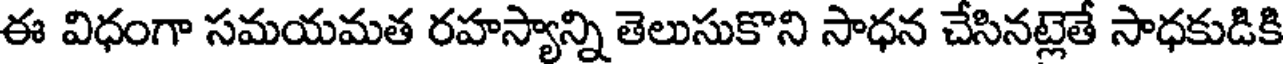
ఈ విధంగా సమయమత రహస్యాన్ని తెలుసుకొని సాధన చేసినట్లెతే సాధకుడికి